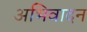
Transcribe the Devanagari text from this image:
अभिवादन